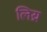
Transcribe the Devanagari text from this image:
लिय्र